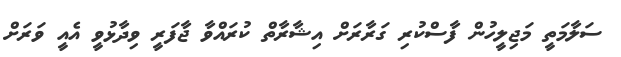
ސަލާމަތީ މަޖިލީހުން ފާސްކުރި ގަރާރަށް އިޝާރާތް ކުރައްވާ ޖާފަރީ ވިދާޅުވީ އެއީ ވަރަށް